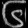
Digit: ၆